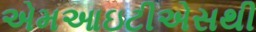
એમઆઇટીએસથી